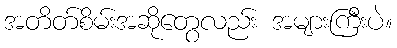
အတိတ်စိမ်းအဆိုတွေလည်း အများကြီးပဲ။